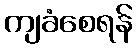
ကျခံစေရန်